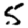
Digit: 5